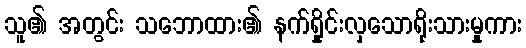
သူ၏ အတွင်း သဘောထား၏ နက်ရှိုင်းလှသောရိုးသားမှုကား